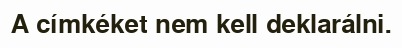
A címkéket nem kell deklarálni.